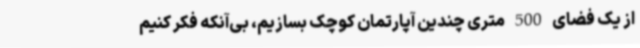
از یک فضای 500 متری چندین آپارتمان کوچک بسازیم، بی‌آنکه فکر کنیم